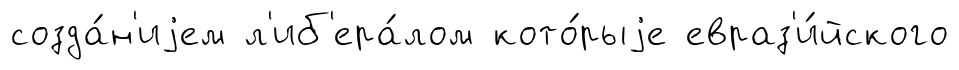
созда́н'иjем л'иб'ера́лом кото́рыjе евраз'и́йского